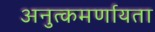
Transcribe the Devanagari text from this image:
अनुत्कमर्णायता